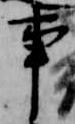
事